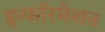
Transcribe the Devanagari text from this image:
इन्फॉरमेशन